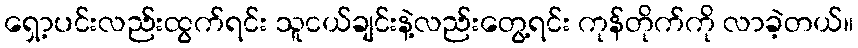
ရှော့ပင်းလည်းထွက်ရင်း သူငယ်ချင်းနဲ့လည်းတွေ့ရင်း ကုန်တိုက်ကို လာခဲ့တယ်။